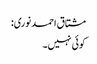
مشتاق احمد نوری:
کوئی نہیں۔